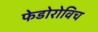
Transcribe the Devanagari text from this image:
फेडोरोविच